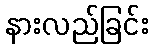
နားလည်ခြင်း